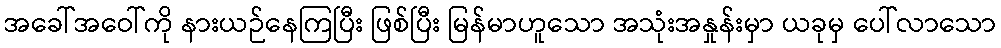
အခေါ်အဝေါ်ကို နားယဉ်နေကြပြီး ဖြစ်ပြီး မြန်မာဟူသော အသုံးအနှုန်းမှာ ယခုမှ ပေါ်လာသော